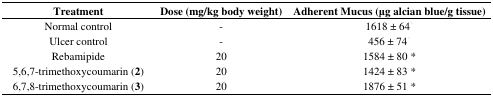
<table><thead><tr><td><b>Treatment</b></td><td><b>Dose (mg/kg body weight)</b></td><td><b>Adherent Mucus (μg alcian blue/g tissue)</b></td></tr></thead><tbody><tr><td>Normal control</td><td>-</td><td>1618 ± 64<sup>*</sup></td></tr><tr><td>Ulcer control</td><td>-</td><td>456 ± 74<sup>*</sup></td></tr><tr><td>Rebamipide</td><td>20</td><td>1584 ± 80 *</td></tr><tr><td>5,6,7-trimethoxycoumarin (<b>2</b>)</td><td>20</td><td>1424 ± 83 *</td></tr><tr><td>6,7,8-trimethoxycoumarin (<b>3</b>)</td><td>20</td><td>1876 ± 51 *</td></tr></tbody></table>